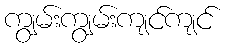
ကျွမ်းကျွမ်းကျင်ကျင်